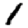
Digit: 1